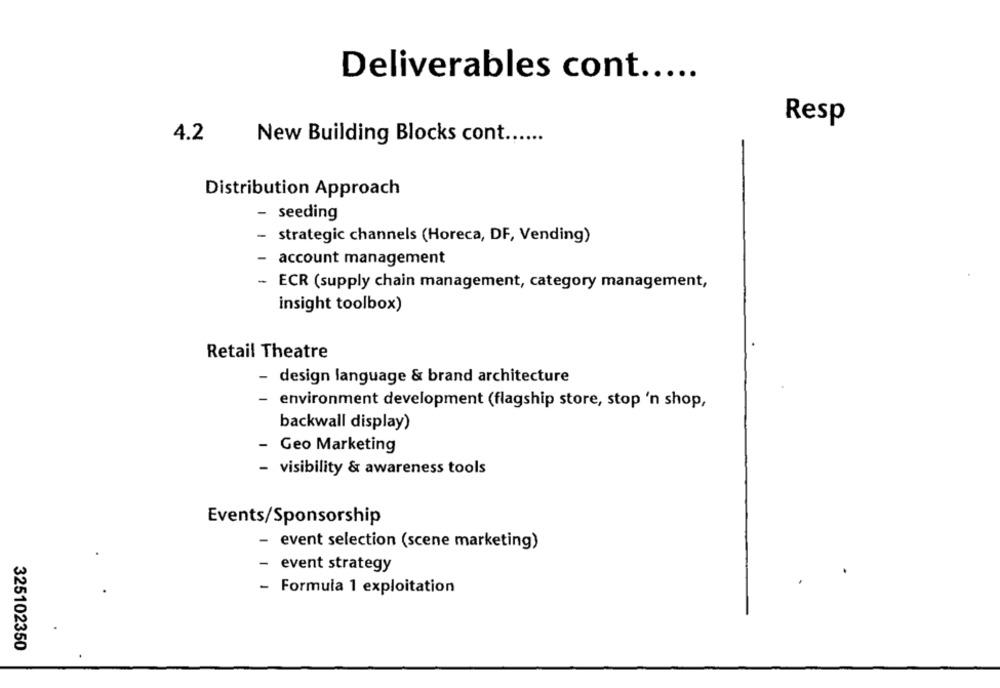
Deliverables cont .....
Resp
4.2
New Building Blocks cont.
Distribution Approach
- seeding
- strategic channels (Horeca, DF, Vending)
- account management
- ECR (supply chain management, category management,
insight toolbox)
Retail Theatre
- design language & brand architecture
environment development (flagship store, stop 'n shop,
backwall display)
- Geo Marketing
- visibility & awareness tools
Events/Sponsorship
- event selection (scene marketing)
event strategy
- Formula 1 exploitation
325102350